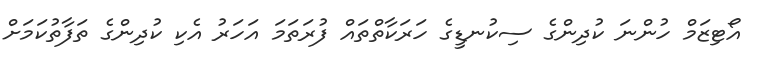
އޯޓިޒަމް ހުންނަ ކުދިންގެ ސިކުނޑީގެ ހަރަކާތްތައް ފުރަތަމަ އަހަރު އެކި ކުދިންގެ ތަފާތުކަމަށް